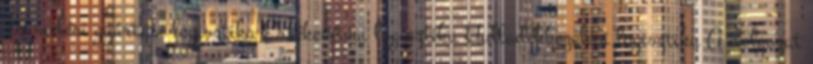
Termelési gyártási logisztika Értékesítési logisztika Hulladékkezelési logisztika A dolgozat